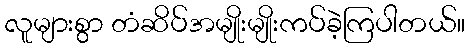
လူများစွာ တံဆိပ်အမျိုးမျိုးကပ်ခဲ့ကြပါတယ်။